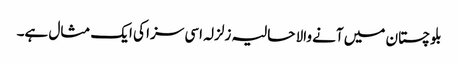
بلوچستان میں آنے والا حالیہ زلزلہ اسی سزا کی ایک مثال ہے۔